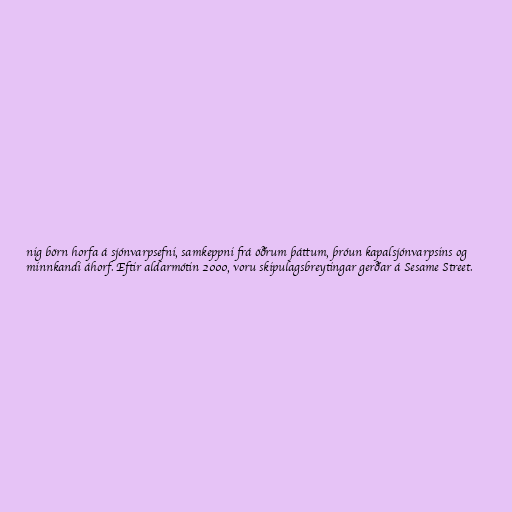
nig börn horfa á sjónvarpsefni, samkeppni frá öðrum þáttum, þróun kapalsjónvarpsins og
minnkandi áhorf. Eftir aldarmótin 2000, voru skipulagsbreytingar gerðar á Sesame Street.